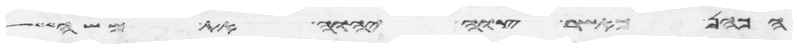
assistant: הכהן כאשר צוה יהוה את משה